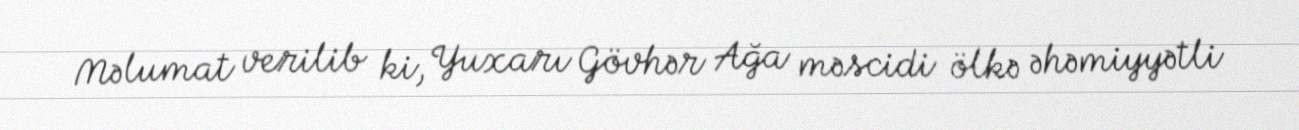
Məlumat verilib ki, Yuxarı Gövhər Ağa məscidi ölkə əhəmiyyətli